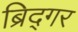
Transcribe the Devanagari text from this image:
ब्रिद्गर